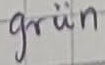
Text: grün